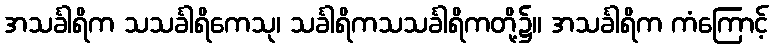
အသင်္ခါရိက သသင်္ခါရိကေသု၊ သင်္ခါရိကသသင်္ခါရိကတို့၌။ အသင်္ခါရိက ကံကြောင့်